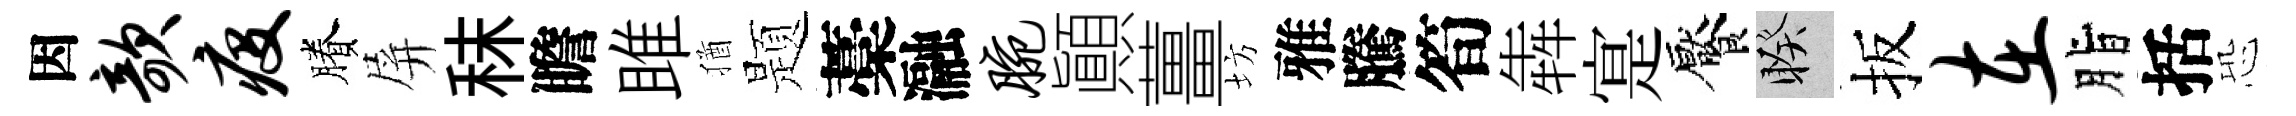
因欹疫賸屏秣瞻雎猶题藁瀜腕顚薑坊雅騰筍犇寔饜睽扳在脂括恐